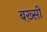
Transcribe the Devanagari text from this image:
बख़्सी